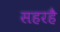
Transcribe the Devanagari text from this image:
सहरहै